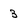
Character: 3